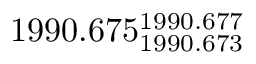
1 9 9 0 . 6 7 5 _ { 1 9 9 0 . 6 7 3 } ^ { 1 9 9 0 . 6 7 7 }